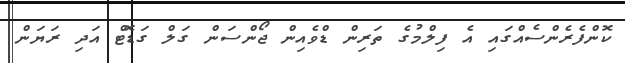
ކޮންފެރެންސެއްގައި އެ ފިލްމުގެ ތަރިން ޑްވެއިން ޖޯންސަން ގަލް ގަޑޮޓް އަދި ރަޔަން